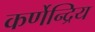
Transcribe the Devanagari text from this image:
कर्णेन्द्रिय